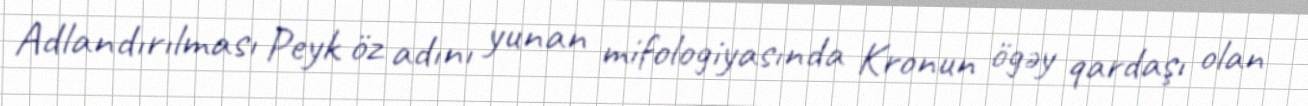
Adlandırılması Peyk öz adını yunan mifologiyasında Kronun ögəy qardaşı olan